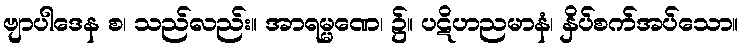
ဗျာပါဒေန စ၊ သည်လည်း။ အာရမ္မဏေ၊ ၌။ ပဋိဟညမာနံ၊ နှိပ်စက်အပ်သော။